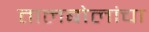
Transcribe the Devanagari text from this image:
तालबोलांचा